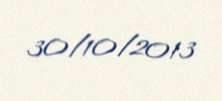
30/10/2013